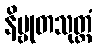
နိဗ္ဗုတသုတ္တံ